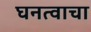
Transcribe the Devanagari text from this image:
घनत्वाचा